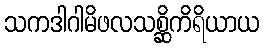
သကဒါဂါမိဖလသစ္ဆိကိရိယာယ